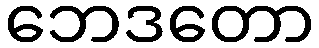
ဘေဒတော